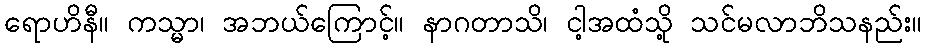
ရောဟိနီ။ ကသ္မာ၊ အဘယ်ကြောင့်။ နာဂတာသိ၊ ငါ့အထံသို့ သင်မလာဘိသနည်း။